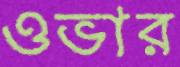
ওভার